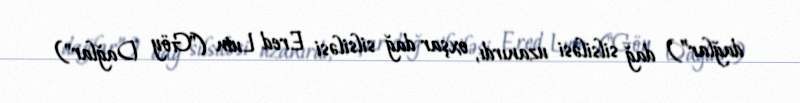
dağlar”) dağ silsiləsi uzanırdı, oxşar dağ silsiləsi Ered Luin ("Göy Dağlar")